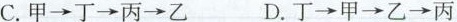
C.甲→丁→丙→乙 D.丁→甲→乙→丙